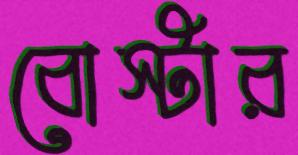
বোস্টার